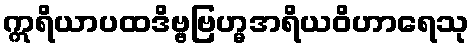
ဣရိယာပထဒိဗ္ဗဗြဟ္မအရိယဝိဟာရေသု